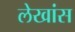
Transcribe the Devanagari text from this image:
लेखांस